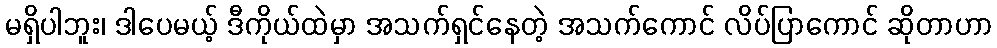
မရှိပါဘူး၊ ဒါပေမယ့် ဒီကိုယ်ထဲမှာ အသက်ရှင်နေတဲ့ အသက်ကောင် လိပ်ပြာကောင် ဆိုတာဟာ